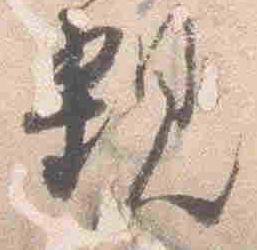
親